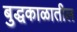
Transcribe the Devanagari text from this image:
बुद्धकाळातील